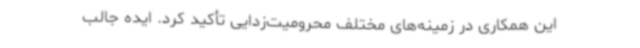
این همکاری در زمینه‌های مختلف محرومیت‌زدایی تأکید کرد. ایده جالب